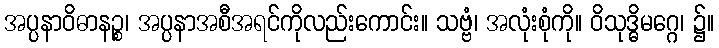
အပ္ပနာဝိဓာနဉ္စ၊ အပ္ပနာအစီအရင်ကိုလည်းကောင်း။ သဗ္ဗံ၊ အလုံးစုံကို။ ဝိသုဒ္ဓိမဂ္ဂေ၊ ၌။